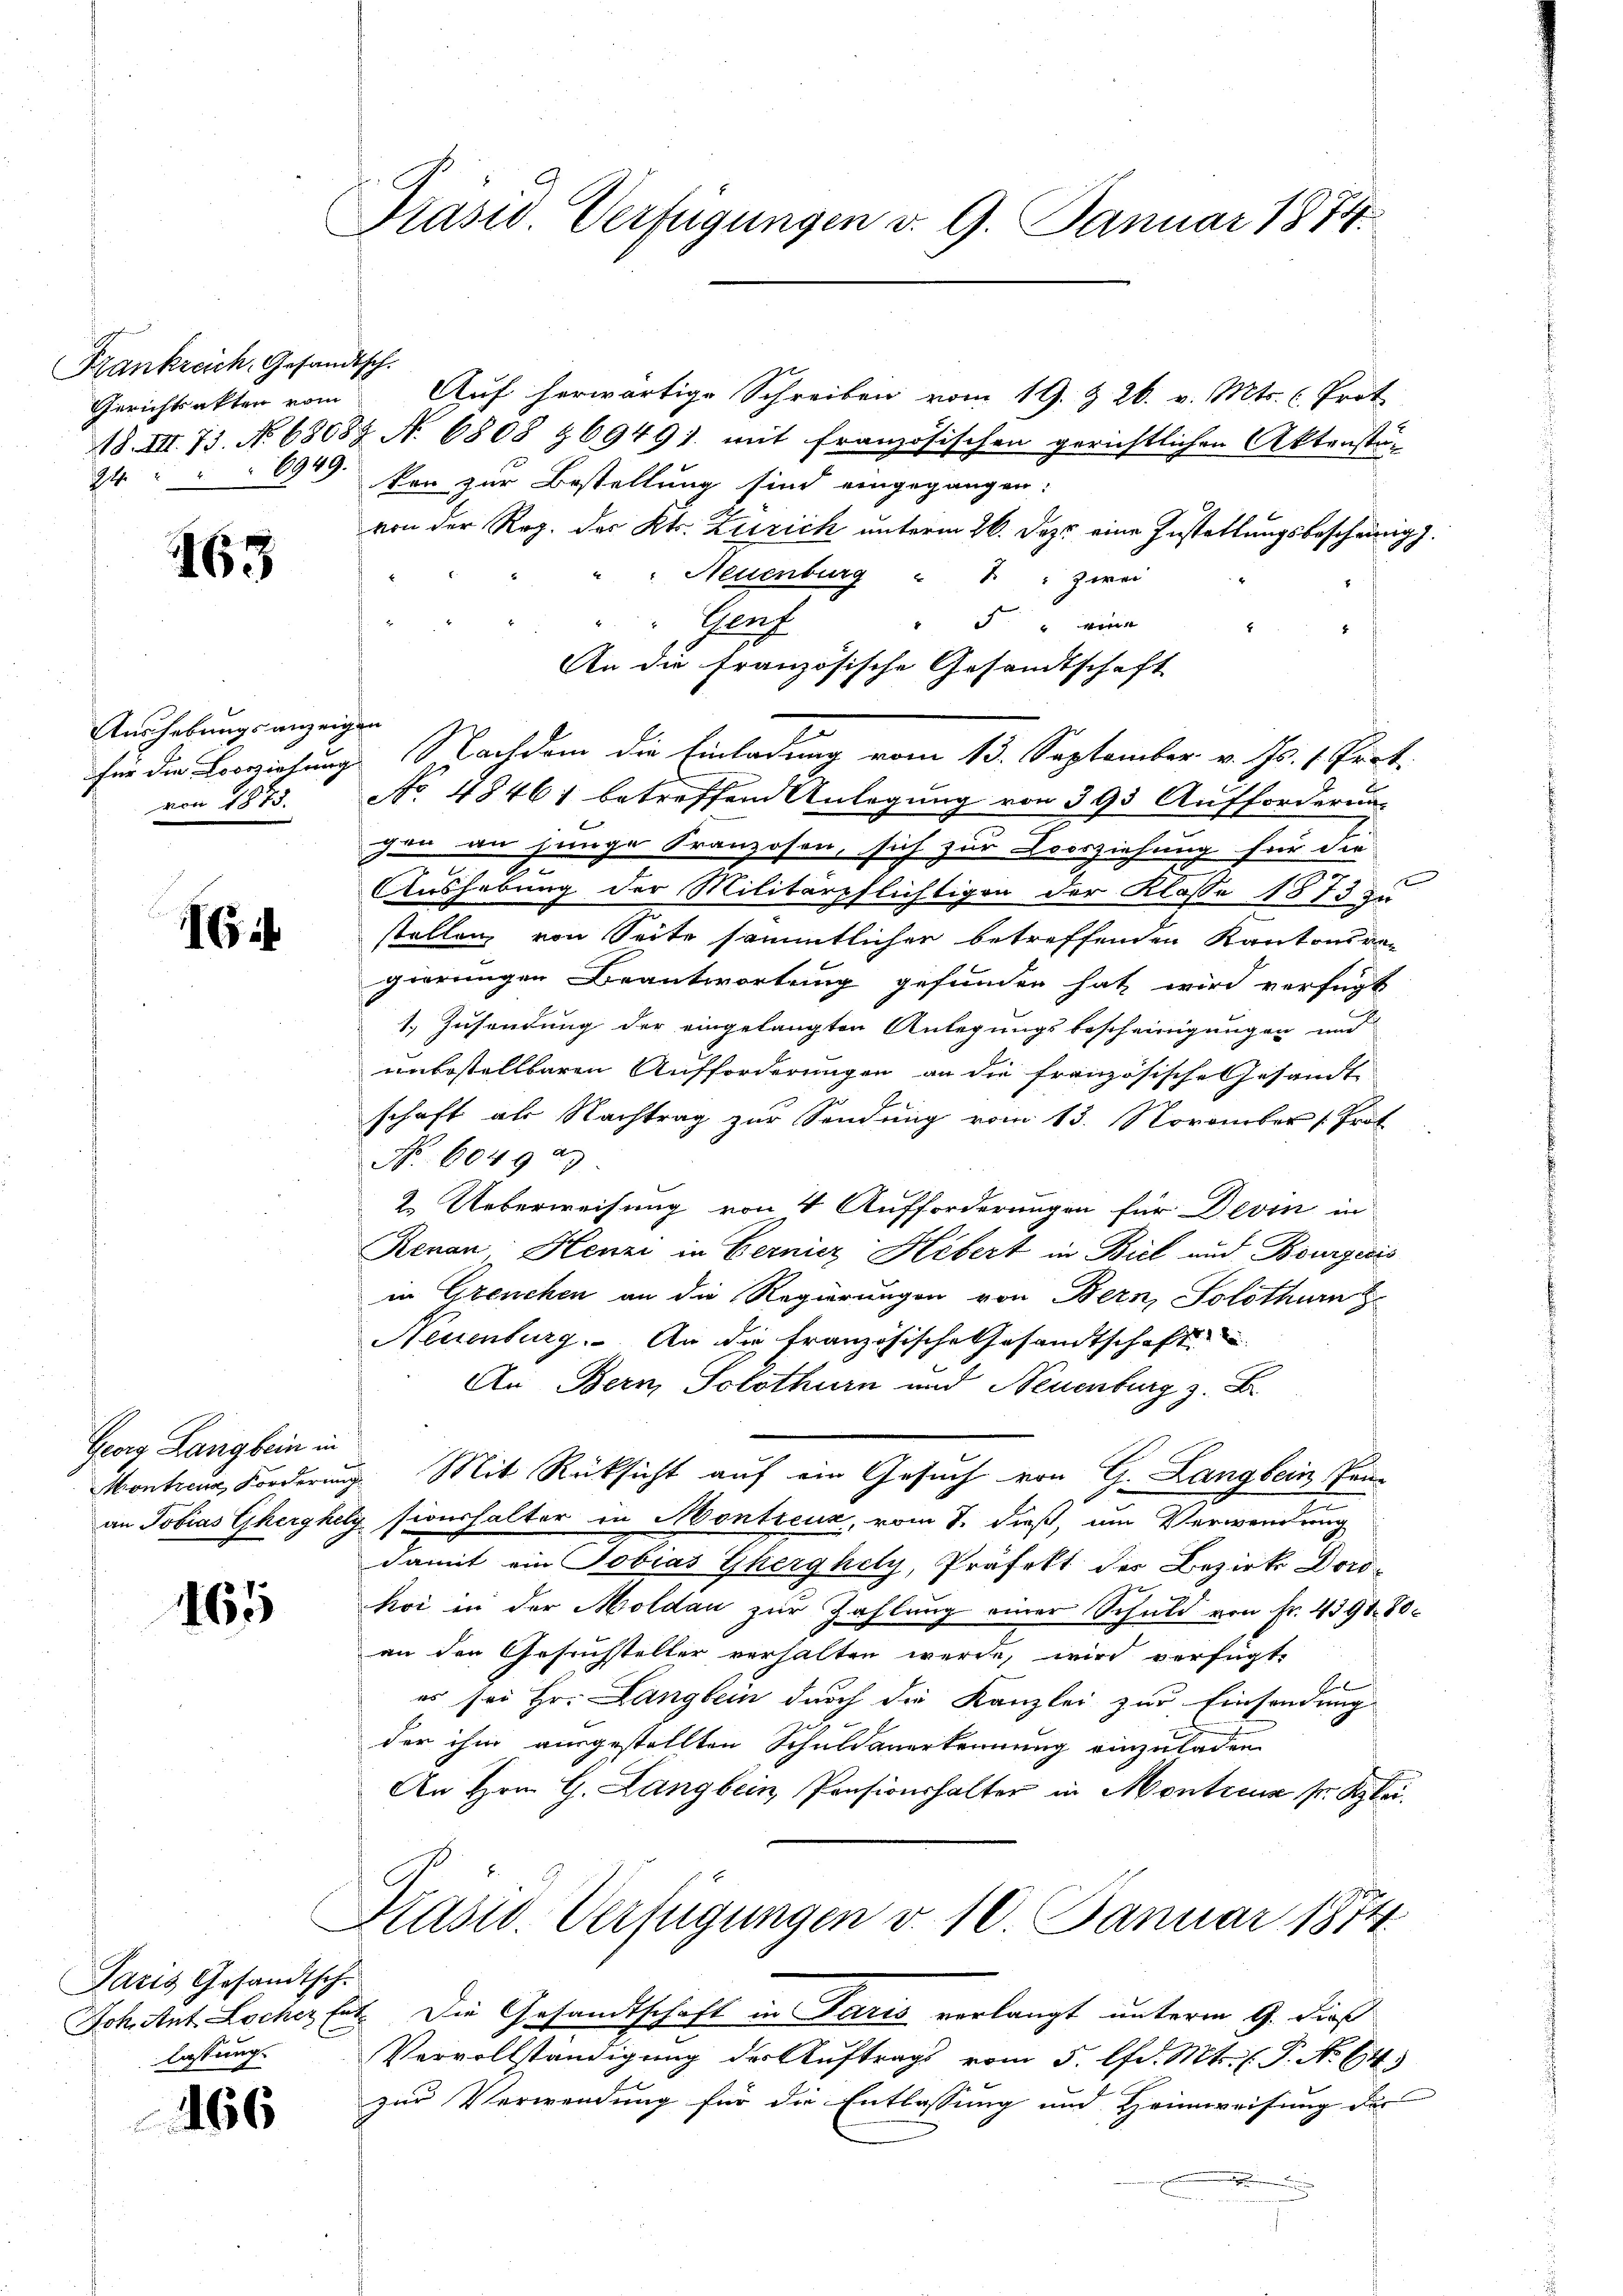
Frankreich, Gesandtsch.
Gerichtsakten vom

163

Aushebungsanzeigen

6

Georg Lang bein in

1165

Paris Gesandtsch.
lassung.

466

Präsid. Verfügungen d. 9. Januar 1874.

Auf herwärtige Schreiben vom 19. Z. 26. v. Mts. C. Prot
18 III. 75. No 68688 N. 6808 & 69491. mit französischen gerichtlichen Aktenstä-
34 " " 6949. Von zur Bestellung sind eingegangen:
von der Reg. des Kts. Zürich unterm 26. Dez. eine Zustattungsbescheinig
" Neuenburg " " " zwei
Prach
5 " werde
An die französische Gesandtschaft
für die Loorziehung. Nachdem die Einladung vom 13. September v. Js. v. Prot
von 1875. No 48461 betreffend Anlegung von 393 Aufforderung
gen an junge Franzosen, sich zur Vorziehung für die
Aushebung der Militärpflichtigen der Klasse 1873 zu
stellen von Seite sämmtlicher betreffenden Kantonsra
gierungen Beantwortung gefunden hat wird verfügt
1. Zusendung der eingelangten Anlegungsbescheinigungen und
unbestellbaren Aufforderungen an die französische Gesandt
schaft als Nachtrag zur Sendung vom 13. November (Prot
No. 604929
2. Ueberweisung von 4 Aufforderungen für Devin in
Renau Henzi in Bernicz Hebert in Biel aus Bourgeris
in Greuchen an die Regierungen von Bern, Solothurn
Neuenburg. An die französische Gesandtschaft
An Bern, Solothurn und Neuenburg z. B
Monticum Forderung. Mit Rücksicht auf ein Gesuch von G. Langbein, Panan Tobias Gherghely sionshalter in Montreux, vom 8. dieß, um Verwendung
damit ein Tobias Gherghely, Präfekt der Bezirks Dorokoi in der Moldau zur Zahlung einer Schuld von Fr. 4398. 80.
an den Gesuchsteller verhalten werde, wird verfügte
E
es sei Hr. Langlern durch die Kanzlei zur Einsendung
der ihm ausgestellten Schuldanerkennung einzuladen.
An Hrn. G. Langbein Pensionshalter in Monteca sr Klei¬
Präsid. Verfügungen v. 10. Januar 1874.
Joh. Ant. Locher hat. Die Gesandtschaft in Paris verlangt unterm 9. dieß
Vervollständigung der Auftrags vom 5. lfd. Mts. (T. No 643.
zur Verwendung für die Entlassung und Heimweisung der